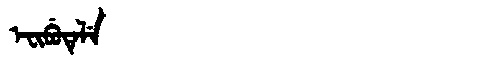
Manchu: ᡝᠸᡳᠪᡠᡨᡝᠯᡝ
Romanization: EFIBUTELE